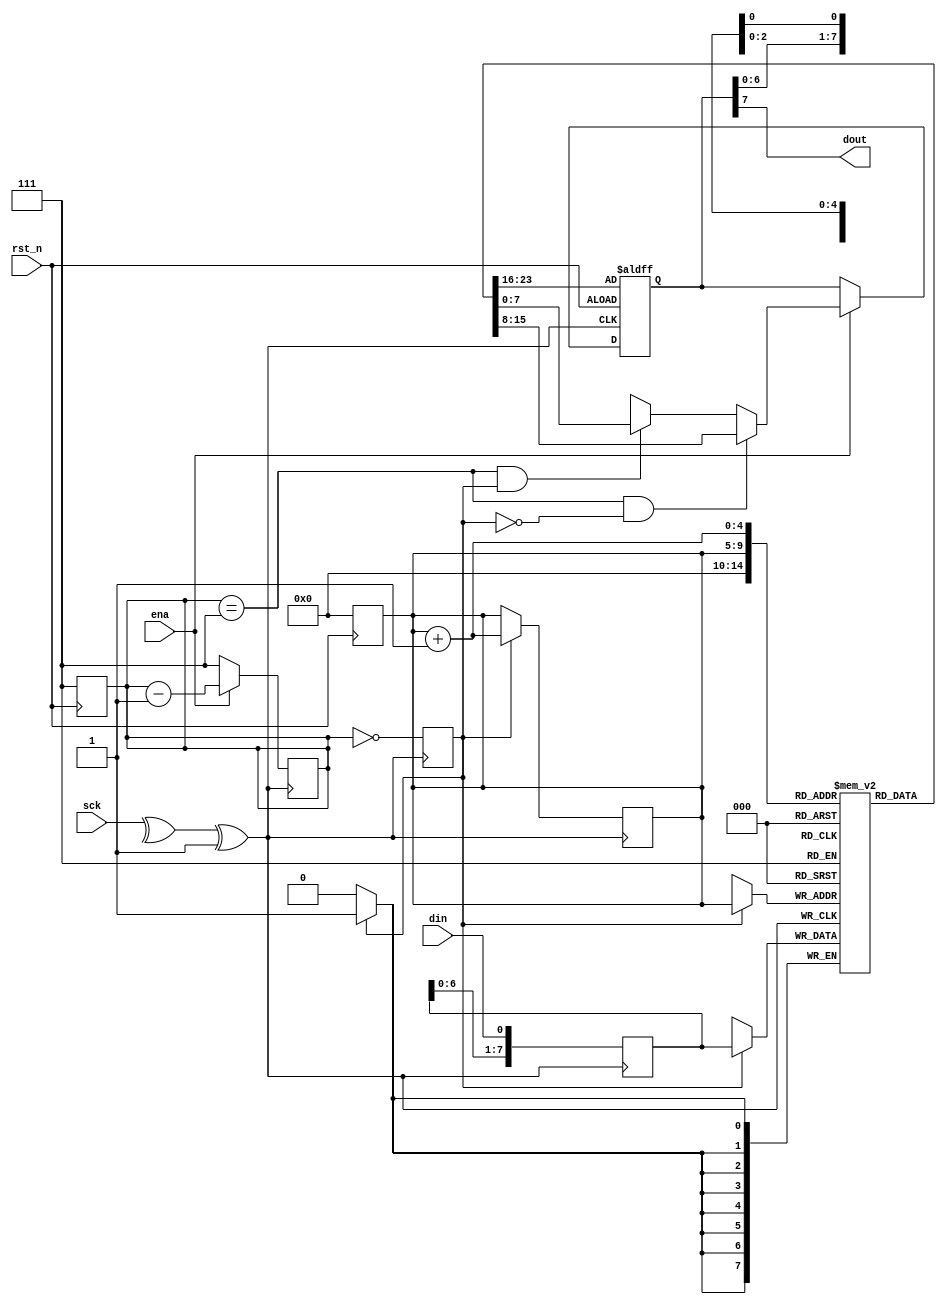

//////////////////////////////////////////////////////////
//// TB : SPI_slave_model                             ////
////        - spi slave with memory                   ////
//// Description: This slave is a test for spi master ////
////   mode, NOT the slave mode of spi chip.the data  ////
////   sent on miso is from the memory.               ////
////                                                  ////
//////////////////////////////////////////////////////////
module spi_slave (
    input       sck            ,
    input       ena            ,                   //high active
    input       din            ,
    input       rst_n          ,
    output      dout    
);

//
//------------------Module Body----------------------------- //
//
//------------------Reg/Wire Define--------------------------//
// Slave clk config
wire            cpol           ;
wire            cpha           ;
wire            slv_clk        ;
// Slave data config
reg   [7:0]     mem [0:31]     ;                    //slave ram (depth=32 Byte)
reg   [4:0]     mem_addr       ;                    //slave ram 's address
reg   [7:0]     sfr_in         ;                    //shift register of data input
reg   [7:0]     sfr_out        ;                    //shift register of data output
reg   [2:0]     bit_cnt        ;        
reg             sto_en         ;

integer  i ;

//------------------Main Code--------------------------------//
assign slv_clk = sck ^ cpol ^ cpha;

//Reset
always @(negedge rst_n) begin
    if (!rst_n) begin
        mem_addr <= 5'b00000;
        bit_cnt  <= 3'd7;          
    end
end

//Shift register config
always @(posedge slv_clk) begin
    sfr_in <= {sfr_in[6:0] , din} ;
end

always @(negedge slv_clk or negedge rst_n) begin
    if (!rst_n) begin
        sfr_out <= mem[0];
    end
    else if(ena) begin
        if (bit_cnt == 3'd7 && !sto_en) begin
            sfr_out <= mem[mem_addr] ; 
        end
        else if (bit_cnt == 3'd7 && sto_en) begin
            sfr_out <= mem[mem_addr + 1'b1];
        end
        else begin
            sfr_out <= {sfr_out[6:0] , 1'bx};
        end
    end
end
    
assign dout = sfr_out[7] ; 
 
//Generate bit counter
always @(posedge slv_clk) begin
    if (!ena) begin
        bit_cnt <= 3'd7;
    end
    else begin
        bit_cnt <= bit_cnt - 1'b1;
    end
end
 
//Store data input config
always @(posedge slv_clk) begin
    sto_en <= ! bit_cnt;
end
always @(negedge slv_clk) begin
    if (sto_en) begin
        mem[mem_addr] <= sfr_in         ; 
        mem_addr      <= mem_addr + 1'b1;
    end
end


//------------------Initialize memory data--------------//
initial begin
  for (i = 0; i < 32; i = i + 1) begin
    mem[i] = i+1;
  end
end

endmodule